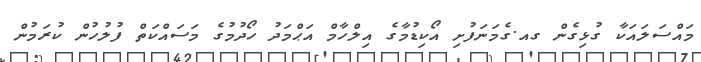
މައްސަލައަކާ ގުޅިގެން ގއ.ގެމަނަފުށި އޯކިޑުމާގެ އިލްހާމް އަޙްމަދު ހޯދުމުގެ މަސައްކަތް ފުލުހުން ކުރަމުން